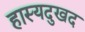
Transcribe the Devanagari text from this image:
हास्यदुखद